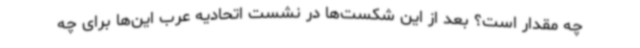
چه مقدار است؟ بعد از این شکست‌ها در نشست اتحادیه عرب این‌ها برای چه